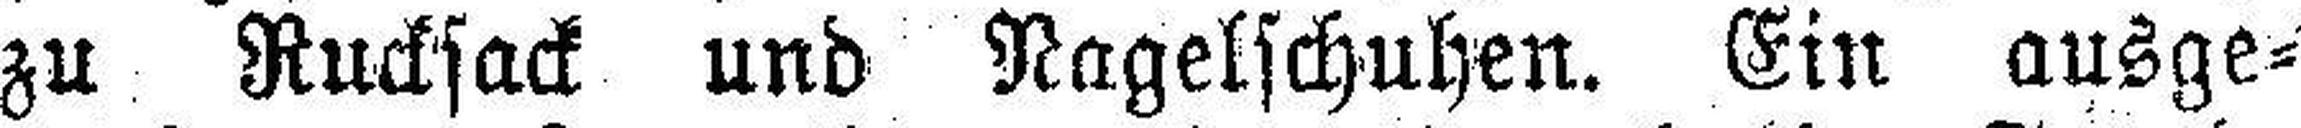
zu Rucksack und Nagelschuhen. Ein ausge¬